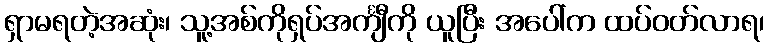
ရှာမရတဲ့အဆုံး၊ သူ့အစ်ကိုရှပ်အင်္ကျီကို ယူပြီး အပေါ်က ထပ်ဝတ်လာရ၊